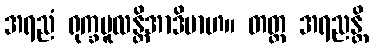
အရညံ ရုက္ခမူလန္တိအာဒိမာဟ။ တတ္ထ အရညန္တိ